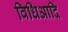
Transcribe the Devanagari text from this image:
विधिआदि